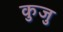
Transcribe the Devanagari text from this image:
कुजु